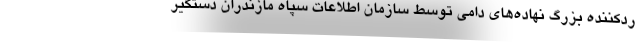
ردکننده بزرگ نهاده‌های دامی توسط سازمان اطلاعات سپاه مازندران دستگیر